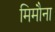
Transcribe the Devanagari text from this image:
मिमौना